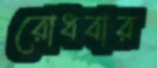
রোধবার